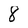
Character: 8